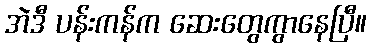
အဲဒီ ပန်းကန်က ဆေးတွေကွာနေပြီ။